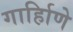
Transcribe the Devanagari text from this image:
गार्हािणे